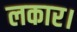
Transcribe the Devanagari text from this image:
लकार।